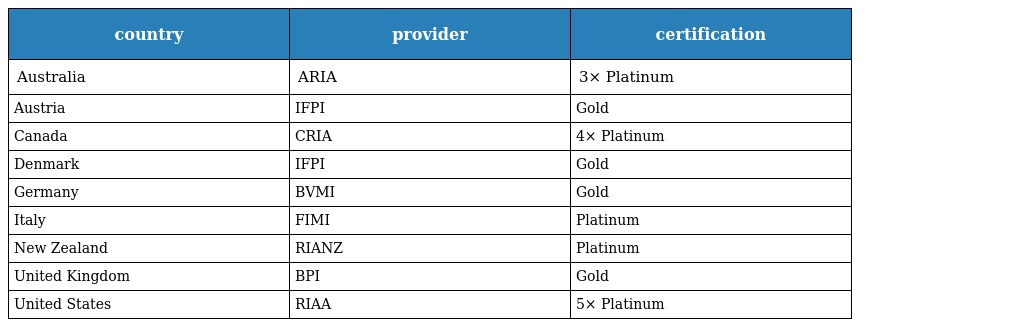
| country | provider | certification |
 | --- | --- | --- |
 | Australia | ARIA | 3× Platinum |
 | Austria | IFPI | Gold |
 | Canada | CRIA | 4× Platinum |
 | Denmark | IFPI | Gold |
 | Germany | BVMI | Gold |
 | Italy | FIMI | Platinum |
 | New Zealand | RIANZ | Platinum |
 | United Kingdom | BPI | Gold |
 | United States | RIAA | 5× Platinum |